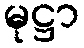
မုဋ္ဌာ